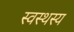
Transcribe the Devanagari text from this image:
स्वस्थस्य